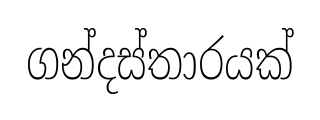
ගන්දස්තාරයක්